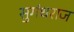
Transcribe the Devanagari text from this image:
सुगंधराज